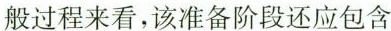
一般过程来看，该准备阶段还应包含